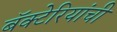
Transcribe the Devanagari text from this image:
बॅक्‍टेरियांची